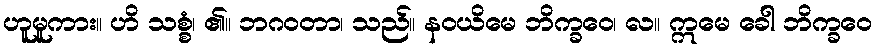
ဟူမူကား။ ဟိ သစ္စံ၊ ၏။ ဘဂဝတာ၊ သည်။ နဝယိမေ ဘိက္ခဝေ၊ လ။ ဣမေ ခေါ ဘိက္ခဝေ